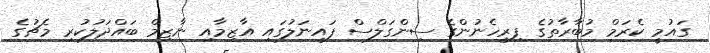
ގައުމީ ކެރަމް މުބާރާތުގެ ފިރިހެނުންގެ ސިންގަލްސް ފައިނަލުގައި އާޒިމާއި ނާޒިމް ބައްދަލުކުރި މެޗުގެ